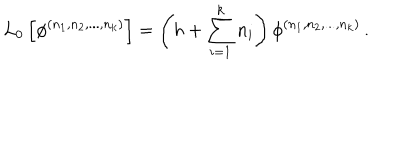
L _ { 0 } \left[ \phi ^ { ( n _ { 1 } , n _ { 2 } , . . . , n _ { k } ) } \right] = \left( h + \sum _ { i = 1 } ^ { k } n _ { i } \right) \phi ^ { ( n _ { 1 } , n _ { 2 } , . . . , n _ { k } ) } \, .